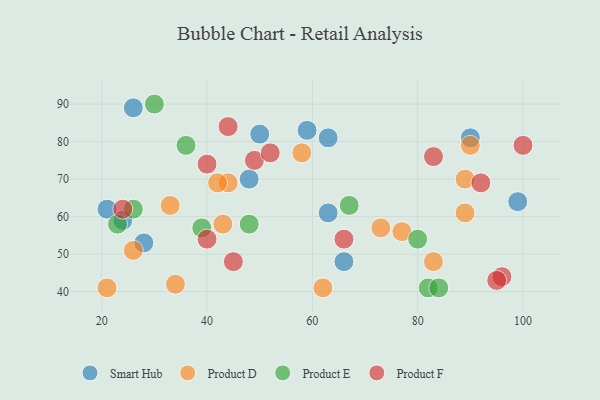
{"axis": {"x": "GDP", "y": "Life Expectancy"}, "legend": ["Product D", "Product E", "Product F", "Smart Hub"], "data": [{"x": "21", "y": 62, "type": "Smart Hub"}, {"x": "28", "y": 53, "type": "Smart Hub"}, {"x": "59", "y": 83, "type": "Smart Hub"}, {"x": "66", "y": 48, "type": "Smart Hub"}, {"x": "48", "y": 70, "type": "Smart Hub"}, {"x": "63", "y": 61, "type": "Smart Hub"}, {"x": "50", "y": 82, "type": "Smart Hub"}, {"x": "24", "y": 59, "type": "Smart Hub"}, {"x": "99", "y": 64, "type": "Smart Hub"}, {"x": "26", "y": 89, "type": "Smart Hub"}, {"x": "63", "y": 81, "type": "Smart Hub"}, {"x": "90", "y": 81, "type": "Smart Hub"}, {"x": "34", "y": 42, "type": "Product D"}, {"x": "62", "y": 41, "type": "Product D"}, {"x": "44", "y": 69, "type": "Product D"}, {"x": "33", "y": 63, "type": "Product D"}, {"x": "43", "y": 58, "type": "Product D"}, {"x": "83", "y": 48, "type": "Product D"}, {"x": "90", "y": 79, "type": "Product D"}, {"x": "77", "y": 56, "type": "Product D"}, {"x": "73", "y": 57, "type": "Product D"}, {"x": "26", "y": 51, "type": "Product D"}, {"x": "58", "y": 77, "type": "Product D"}, {"x": "21", "y": 41, "type": "Product D"}, {"x": "89", "y": 70, "type": "Product D"}, {"x": "89", "y": 61, "type": "Product D"}, {"x": "42", "y": 69, "type": "Product D"}, {"x": "48", "y": 58, "type": "Product E"}, {"x": "36", "y": 79, "type": "Product E"}, {"x": "67", "y": 63, "type": "Product E"}, {"x": "30", "y": 90, "type": "Product E"}, {"x": "82", "y": 41, "type": "Product E"}, {"x": "39", "y": 57, "type": "Product E"}, {"x": "23", "y": 58, "type": "Product E"}, {"x": "26", "y": 62, "type": "Product E"}, {"x": "80", "y": 54, "type": "Product E"}, {"x": "84", "y": 41, "type": "Product E"}, {"x": "96", "y": 44, "type": "Product F"}, {"x": "49", "y": 75, "type": "Product F"}, {"x": "83", "y": 76, "type": "Product F"}, {"x": "100", "y": 79, "type": "Product F"}, {"x": "24", "y": 62, "type": "Product F"}, {"x": "40", "y": 54, "type": "Product F"}, {"x": "44", "y": 84, "type": "Product F"}, {"x": "66", "y": 54, "type": "Product F"}, {"x": "95", "y": 43, "type": "Product F"}, {"x": "92", "y": 69, "type": "Product F"}, {"x": "40", "y": 74, "type": "Product F"}, {"x": "52", "y": 77, "type": "Product F"}, {"x": "45", "y": 48, "type": "Product F"}]}